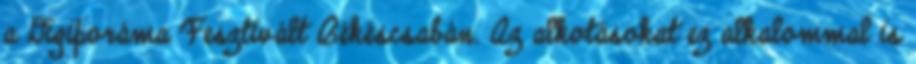
a Digiporáma Fesztivált Békéscsabán. Az alkotásokat ez alkalommal is